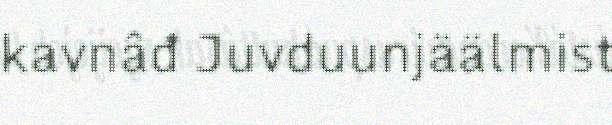
kavnâđ Juvduunjäälmist